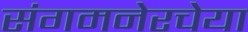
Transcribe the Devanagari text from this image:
संगमनेरचेया